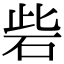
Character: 砦